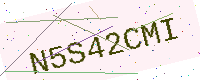
Text: N5S42CMI